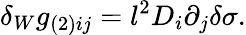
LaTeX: \delta_{W}g_{(2)ij}=l^{2}D_{i}\partial_{j}\delta\sigma.